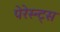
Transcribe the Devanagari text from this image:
पेरेस्न्ट्स